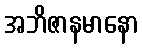
အဘိဇာနမာနော